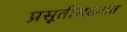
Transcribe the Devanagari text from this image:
प्रसूतीसंदर्भात